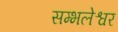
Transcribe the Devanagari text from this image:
सम्भलेश्वर